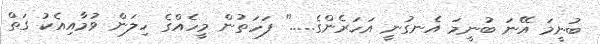
ބުނީމަ އޭނަ ބުނީމަ އެނގުނީ އަހަރެންގެ....." ފަހަތުން މީހެއްގެ ހިލަން ވުމާއިއެކު ގަތް